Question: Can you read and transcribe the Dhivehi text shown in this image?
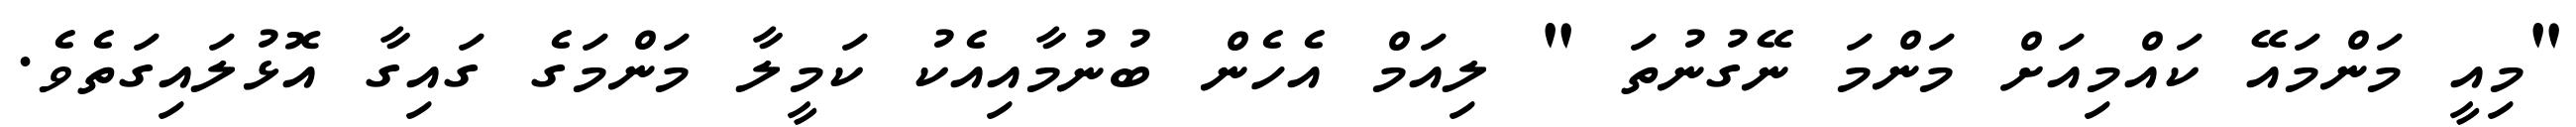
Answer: "މިއީ މަންމައޭ ކައްމިއަށް މަންމަ ނޭގުނުތަ " ލިއަމް އެހެން ބުނުމާއިއެކު ކަމީލާ މަންމަގެ ގައިގާ އޮޅުލައިގަތެވެ.